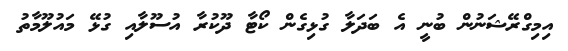
އިމިގްރޭޝަނުން ބުނީ އެ ބަދަލާ ގުޅިގެން ކޯޓާ ދޫކުރާ އުސޫލާއި ގުޅޭ މައުލޫމާތު